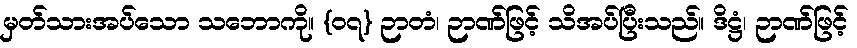
မှတ်သားအပ်သော သဘောကို။ {၀၇} ဉာတံ၊ ဉာဏ်ဖြင့် သိအပ်ပြီးသည်။ ဒိဋ္ဌံ၊ ဉာဏ်ဖြင့်